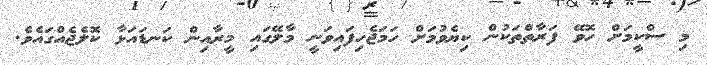
މި ސްކީމަށް ހޮވޭ ފަރާތްތަކުން ކިޔެވުމަށް ހަމަޖެހިފައިވަނީ މާލޭގައި މީރާއިން ކަނޑައަޅާ ކޮލެޖެއްގައެވެ.